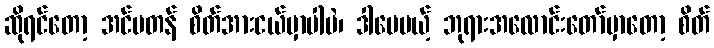
ဆိုရင်တော့ အင်မတန် စိတ်အားငယ်မှာပါပဲ၊ ဒါပေမယ့် ဘုရားအလောင်းတော်မှာတော့ စိတ်